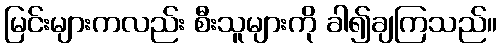
မြင်းများကလည်း စီးသူများကို ခါ၍ချကြသည်။